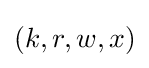
(k,r,w,x)